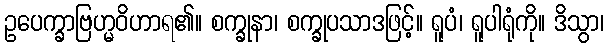
ဥပေက္ခာဗြဟ္မဝိဟာရ၏။ စက္ခုနာ၊ စက္ခုပသာဒဖြင့်။ ရူပံ၊ ရူပါရုံကို။ ဒိသွာ၊